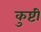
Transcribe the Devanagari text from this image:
कुष्टी